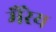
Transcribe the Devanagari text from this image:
मैरेय